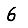
Digit: 6